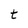
Character: t